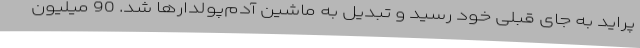
پراید به جای قبلی خود رسید و تبدیل به ماشین آدم‌پولدارها شد. 90 میلیون